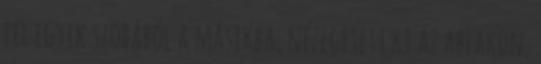
fel egyik szobából a másikba, nézegetett ki az ablakon,